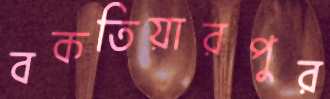
বকতিয়ারপুর